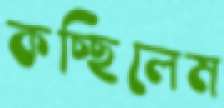
কচ্ছিলেম